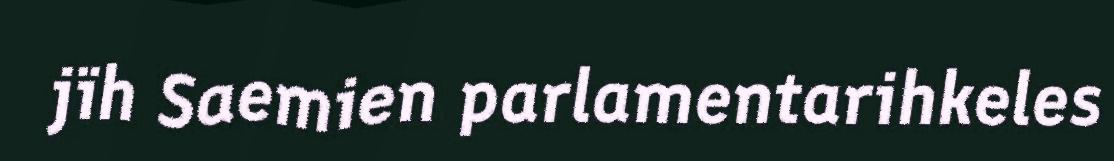
jïh Saemien parlamentarihkeles